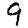
Digit: 9